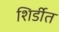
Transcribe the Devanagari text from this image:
शिर्डीत